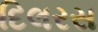
દિલરસ